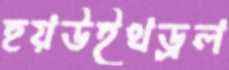
হয়উইথড্রল